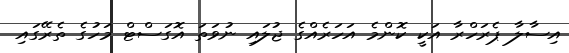
އިސާލާ ޕެރަހްރާ އަކީ ކޮންމެ އަހަރެއްގެ ޖުލައި ނުވަތަ އޮގަސްޓް މަހުގެ ތެރޭގައި